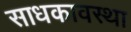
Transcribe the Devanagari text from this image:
साधकावस्था